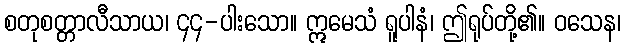
စတုစတ္တာလီသာယ၊ ၄၄-ပါးသော။ ဣမေသံ ရူပါနံ၊ ဤရုပ်တို့၏။ ဝသေန၊